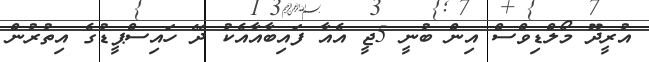
އުރީދޫ މޯލްޑިވްސް އިން ބުނީ 5ޖީ އެއާ ފައިބާއާއެކު ދޭ ހައިސްޕީޑުގެ އިތުރުން